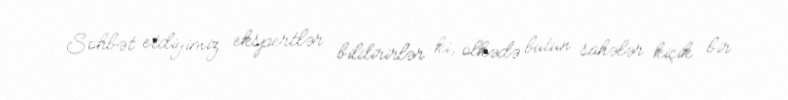
Söhbət etdiyimiz ekspertlər bildirirlər ki, ölkədə bütün sahələr kiçik bir